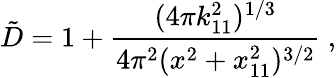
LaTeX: {\tilde{D}}=1+{\frac{(4\pi k_{11}^{2})^{1/3}}{4\pi^{2}(x^{2}+x_{11}^{2})^{3/2}}}\ ,